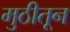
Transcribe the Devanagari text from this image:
मुठीतून